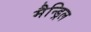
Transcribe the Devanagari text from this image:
मैन्ड्रिल